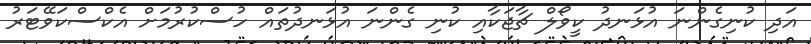
އަދި ކުނިގެންނަ އުޅަނދު ކީވޯލް ޗާޖަކާއި ކުނި ގެންނަ އުޅަނދުތައް ހުސްކުރުމަށް އެކްސްކަވޭޓަރު